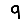
Digit: 9